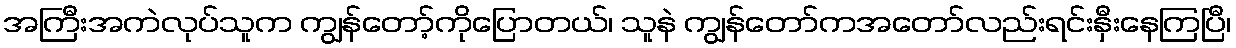
အကြီးအကဲလုပ်သူက ကျွန်တော့်ကိုပြောတယ်၊ သူနဲ ကျွန်တော်ကအတော်လည်းရင်းနှီးနေကြပြီ၊